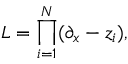
L = \prod _ { i = 1 } ^ { N } ( \partial _ { x } - z _ { i } ) ,